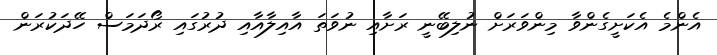
އެންމެ އެކަށީގެންވާ މިންވަރަށް ނުލިބޭނީ ރަށާއި ނުވަތަ އާއިލާއާއި ދުރުގައި ރޯދަމަސް ހޭދަކުރަން